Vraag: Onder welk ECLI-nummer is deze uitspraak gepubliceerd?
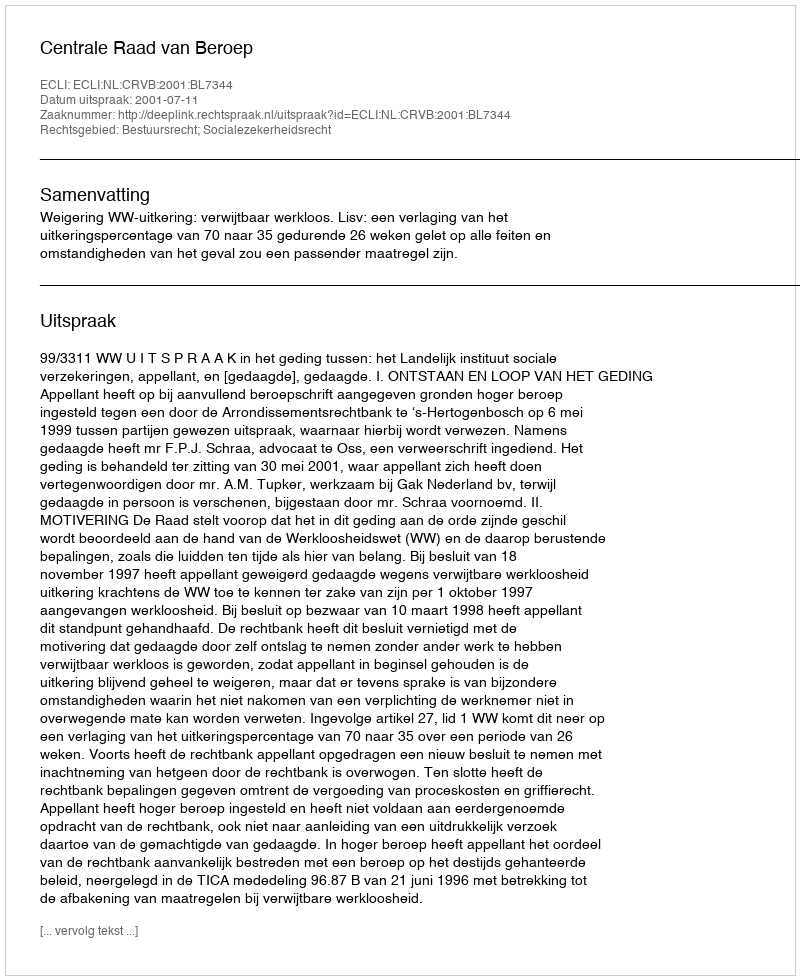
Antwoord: ECLI:NL:CRVB:2001:BL7344